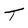
Character: T